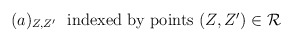
\begin{align*}(a)_{Z,Z'}\ \ \mbox{indexed by points $(Z,Z') \in {\cal R}$}\end{align*}